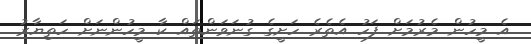
އެ މީހުން މެރުމަށް ފަހު އެތެރެ ހަށީގެ ގުނަވަންތައް ކާ މީހުންނަށް ހަތިޔާރު